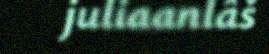
juliaanlâš